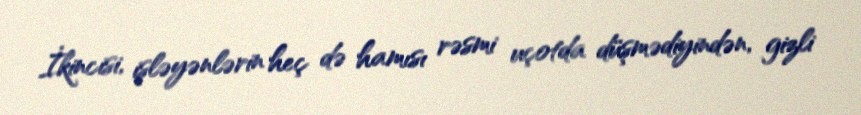
İkincisi, işləyənlərin heç də hamısı rəsmi uçotda düşmədiyindən, gizli